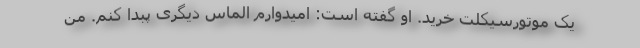
یک موتورسیکلت خرید. او گفته است: امیدوارم الماس دیگری پبدا کنم. من